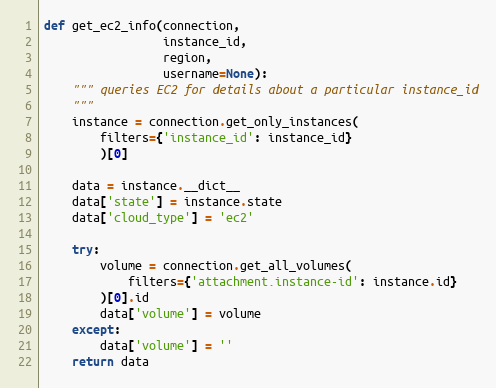
Language: Python
def get_ec2_info(connection,
                 instance_id,
                 region,
                 username=None):
    """ queries EC2 for details about a particular instance_id
    """
    instance = connection.get_only_instances(
        filters={'instance_id': instance_id}
        )[0]

    data = instance.__dict__
    data['state'] = instance.state
    data['cloud_type'] = 'ec2'

    try:
        volume = connection.get_all_volumes(
            filters={'attachment.instance-id': instance.id}
        )[0].id
        data['volume'] = volume
    except:
        data['volume'] = ''
    return data